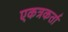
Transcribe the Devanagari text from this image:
एकत्रकर्ता